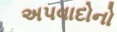
અપવાદોનો